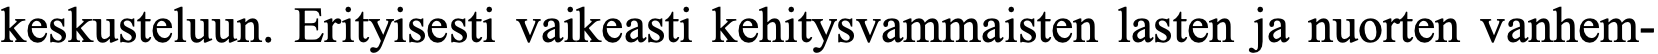
keskusteluun. Erityisesti vaikeasti kehitysvammaisten lasten ja nuorten vanhem-